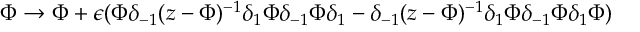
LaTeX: \Phi \rightarrow \Phi + \epsilon ( \Phi \delta _ { - 1 } ( z - \Phi ) ^ { - 1 } \delta _ { 1 } \Phi \delta _ { - 1 } \Phi \delta _ { 1 } - \delta _ { - 1 } ( z - \Phi ) ^ { - 1 } \delta _ { 1 } \Phi \delta _ { - 1 } \Phi \delta _ { 1 } \Phi )